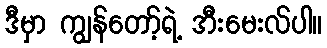
ဒီမှာ ကျွန်တော့်ရဲ့ အီးမေးလ်ပါ။